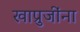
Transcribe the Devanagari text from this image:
खाप्रुजींना